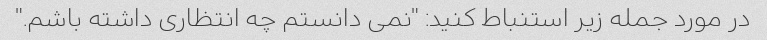
در مورد جمله زیر استنباط کنید: "نمی دانستم چه انتظاری داشته باشم."